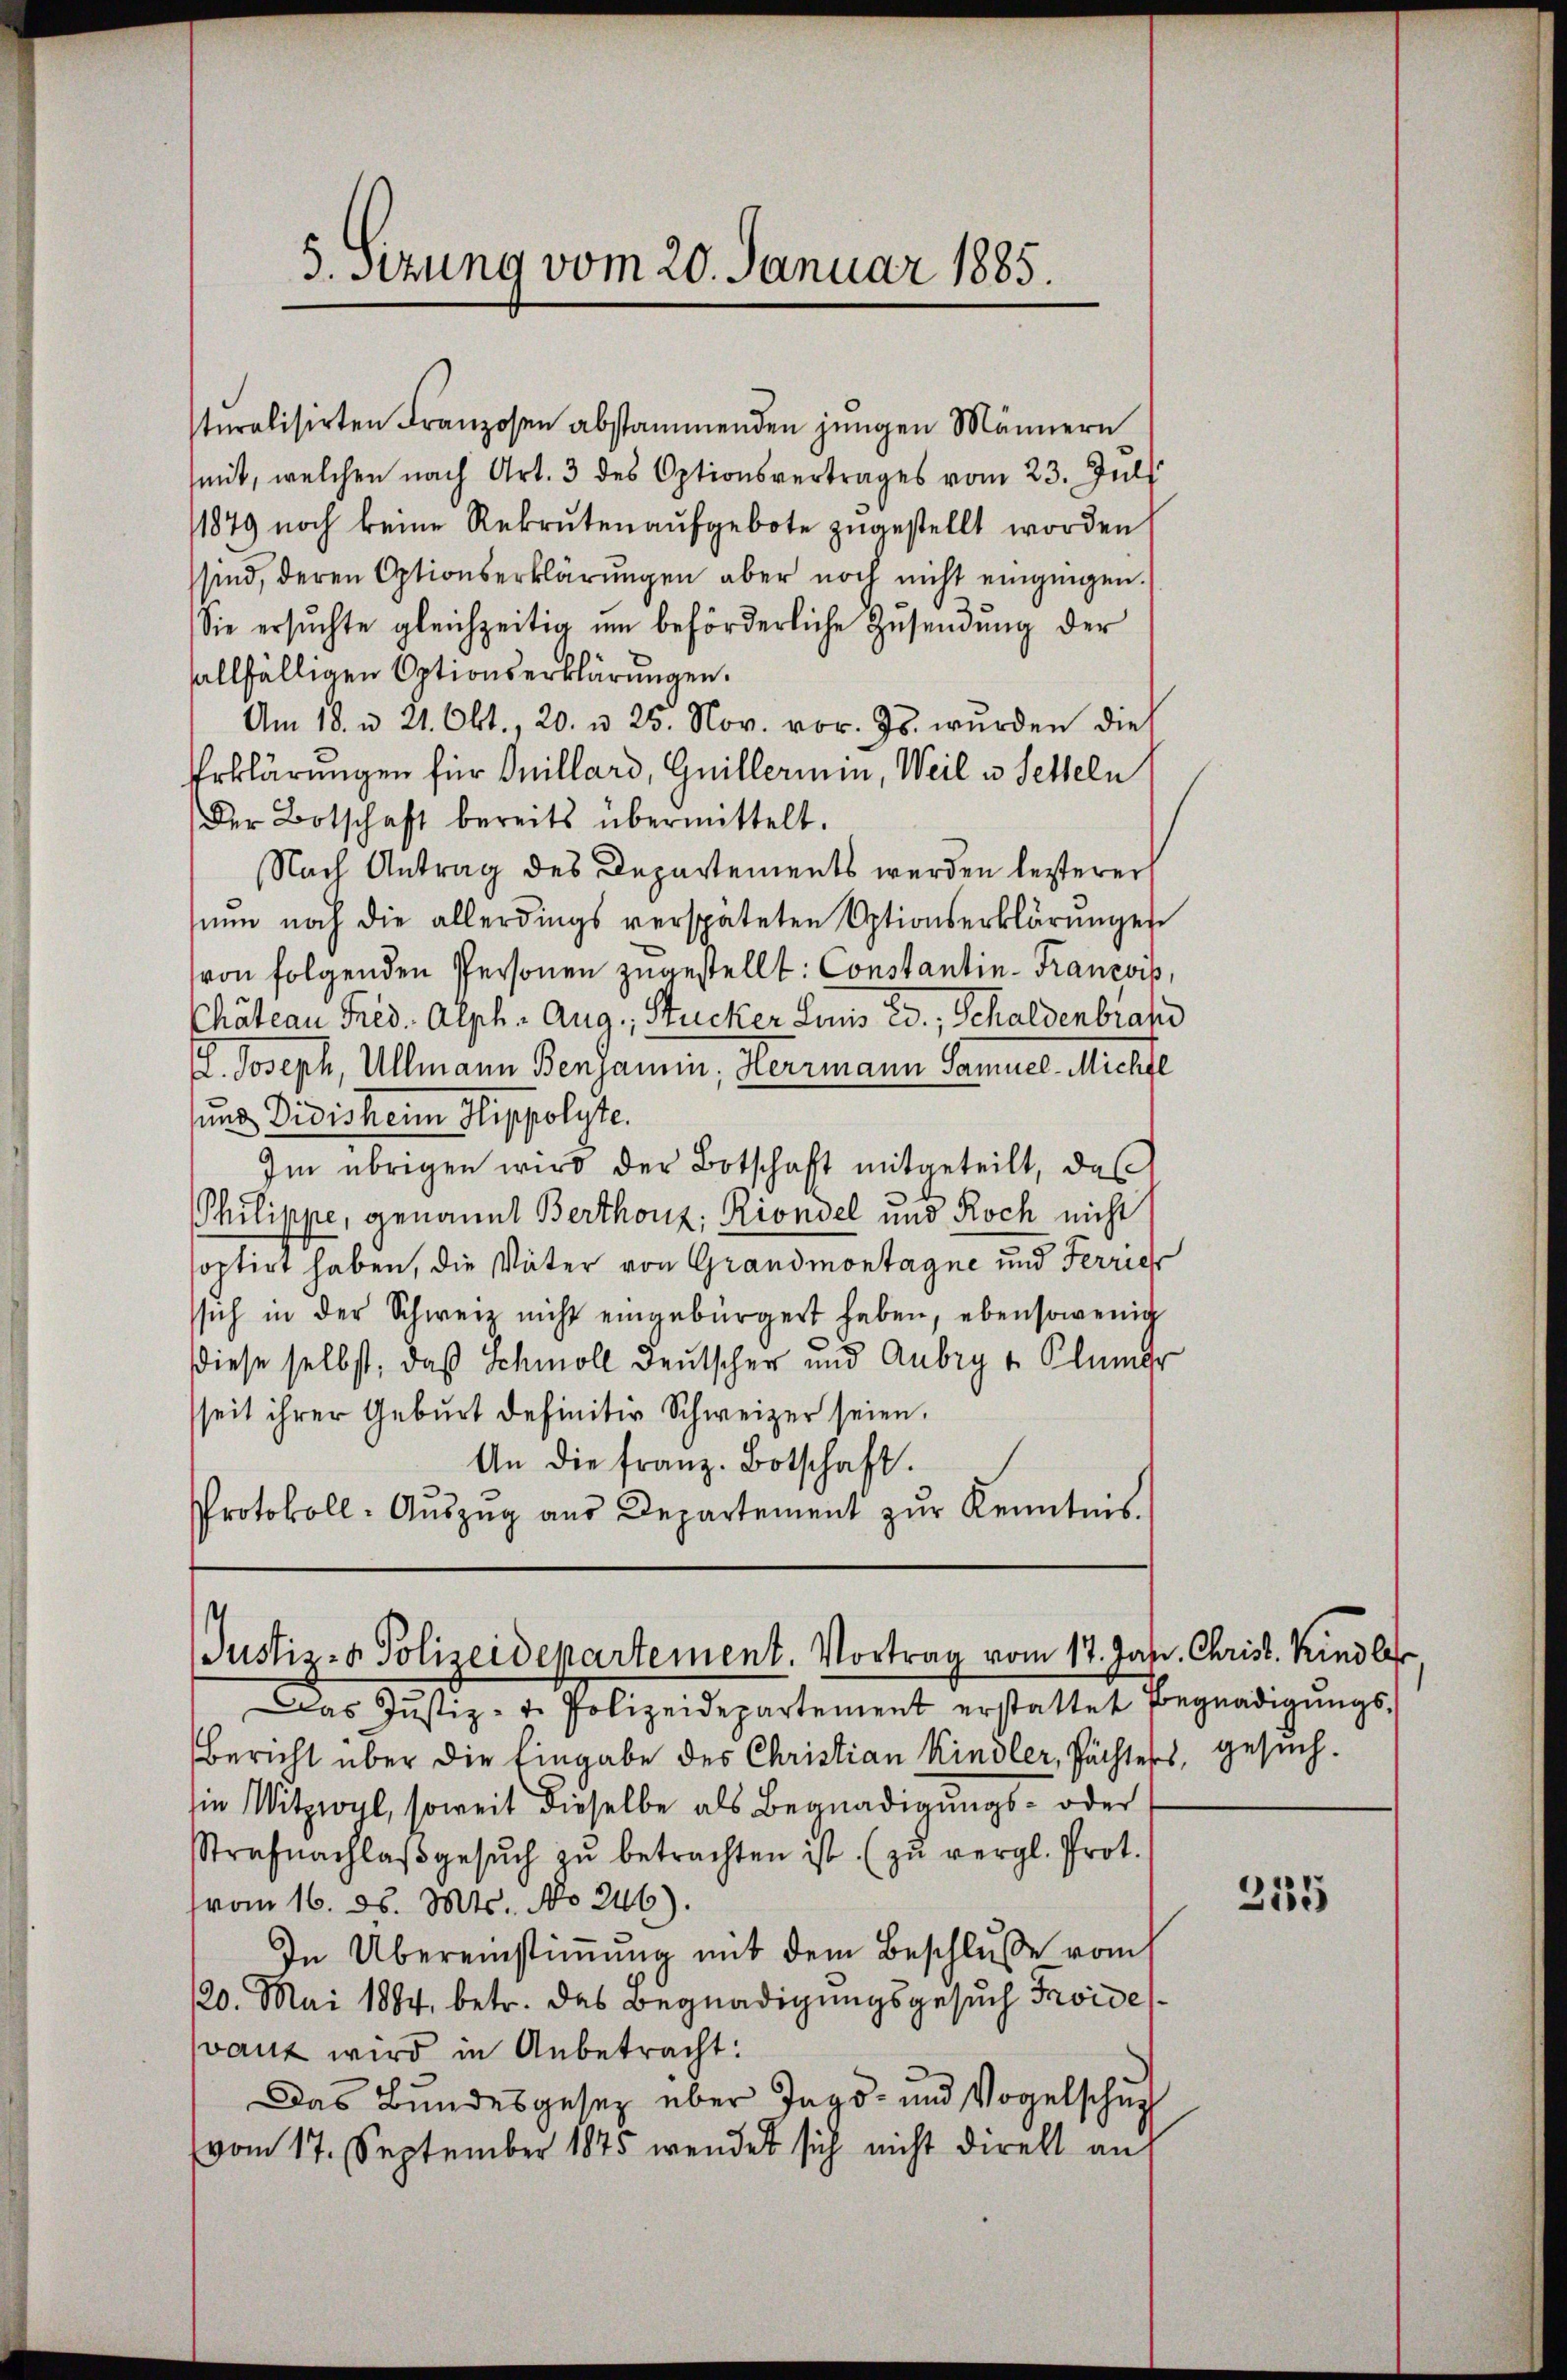
5. sezung vom 20. Januar 1885.

sturalisirten Franzosen abstammenden jungen Männern
mit, welchen nach Art. 3 des Optionsvertrages vom 23. Juli
1879 noch keine Rekruten aŭfgebote zugestellt worden
sind, deren Optionserklärungen aber noch nicht eingingen.
Sie ersŭchte gleichzeitig ŭm beförderliche Zŭsendŭng der
allfälligen Optionserklärungen.
Am 18. u. 21. Okt., 20. u 25. Nov. vor. Js. wurden dies
Erklärungen für Quillard, Guillermin, Weil u. Setteln
Der Botschaft bereits übermittelt.
Nach Antrag des Departements werden lezterer
nŭn noch die allerdings verspäteten Optionserklärŭngen
von folgenden Personen zugestellt: Constantin-Franzorp,
Chatean Fred. Alph. Aug., Stucker Haus 23., Schaldenbrand
E. Joseph, Ullmann Benjamin, Herrmann Samuel, Michle
und Divisheim Hippolyte.
Im übrigen wird der Botschaft mitgeteilt, daß
Philippe, genannt Berthonz; Riondel und Koch nicht
soptirt haben, die Väter von Grandmontagne und Ferrich
ssich in der Schweiz nicht eingebürgert haben, ebensowenig
diese selbst, daß Schmoll deutscher und Anbig u. Blümer
seit ihrer Geburt definitiv Schweizer seien.
An die franz. Botschaft.
Protokoll-Aŭszŭg aŭs Departement zŭr Kenntnis.

Justiz- & Polizeidepartement. Vortrag vom 17. Jahr. Christ. Kindler

Das Justiz- u. Polizeidepartement erstattet Begnadigŭngs-
Bericht über die Eingabe des Christian Kindler, Pächters, gesuchin Witzwil, soweit dieselbe als Begnadigungs- oder
Strafnachlaβgesŭch zŭ betrachten ist (zŭ vergl. Prot.
(vom 16. d. Mts. No 246).
In Übereinstimmung mit dem Beschluße vom
120. Mai 1884, betr. das Begnadigungsgesuch Troide
vaut wird in Anbetracht:
Das Bundesgesetz über Tags- und Vogelschu
vom 17. September 1875 wendet sich nicht direkt auf

215